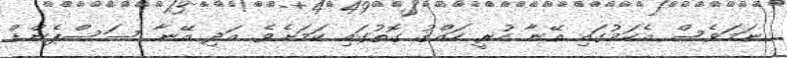
ނަމަވެސް އެކަމުގައި އޭނާ ހުރީ ހައްގު ގޮތުގައި ކަމަށެވެ. އަދި އޭނާ ސަސްޕެންޑް